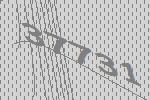
37731